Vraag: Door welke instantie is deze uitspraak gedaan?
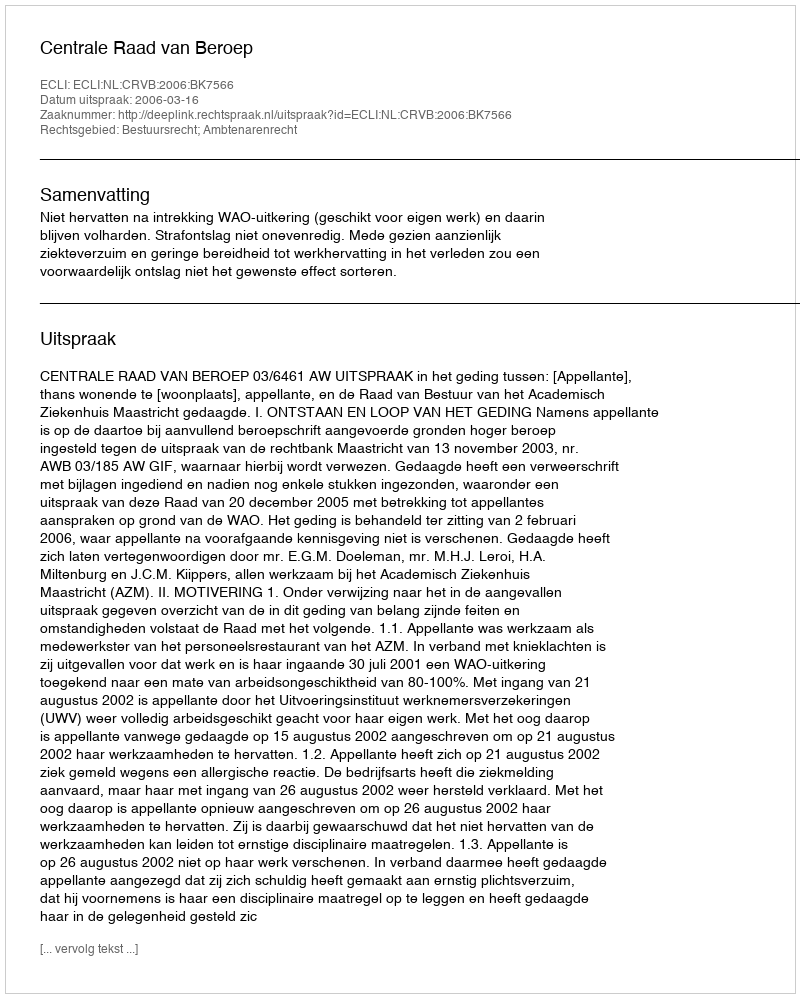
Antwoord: Centrale Raad van Beroep